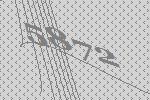
5872